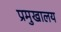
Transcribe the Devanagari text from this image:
प्रमुखालय